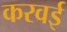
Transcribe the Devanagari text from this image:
करवई